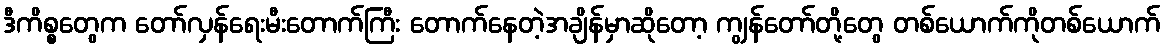
ဒီကိစ္စတွေက တော်လှန်ရေးမီးတောက်ကြီး တောက်နေတဲ့အချိန်မှာဆိုတော့ ကျွန်တော်တို့တွေ တစ်ယောက်ကိုတစ်ယောက်